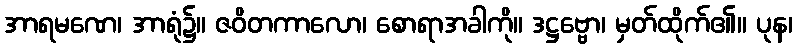
အာရမဏေ၊ အာရုံ၌။ ဇဝိတကာလော၊ စောရာအခါကို။ ဒဋ္ဌဗ္ဗော၊ မှတ်ထိုက်၏။ ပုန၊